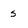
Character: s